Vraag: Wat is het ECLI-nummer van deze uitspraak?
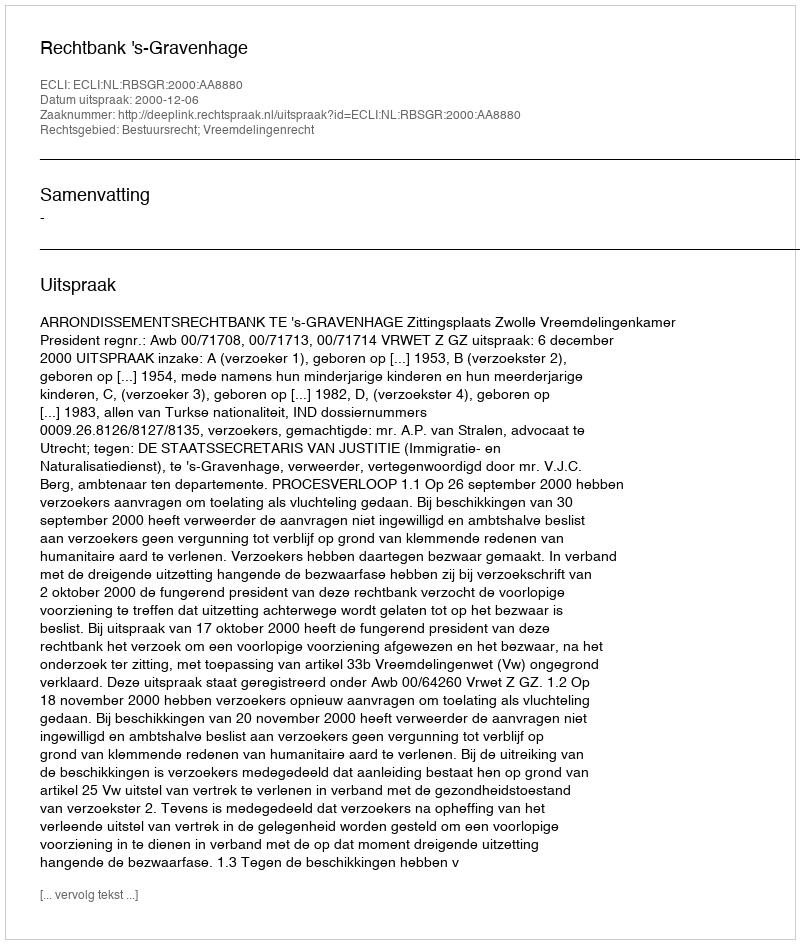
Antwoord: ECLI:NL:RBSGR:2000:AA8880